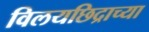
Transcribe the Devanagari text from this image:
विलयछिद्राच्या